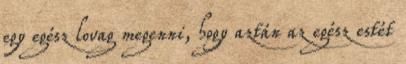
egy egész lovag megenni, hogy aztán az egész estét